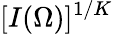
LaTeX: [I(\Omega)]^{1/K}